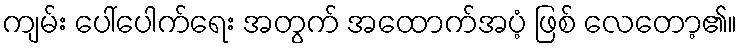
ကျမ်း ပေါ်ပေါက်ရေး အတွက် အထောက်အပံ့ ဖြစ် လေတော့၏။